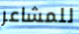
للمشاعر